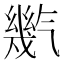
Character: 㡮